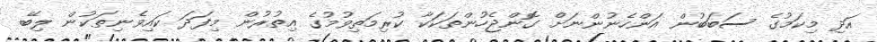
އަދި މިކަމުގެ ސަބަބުން އަންހެނުންނަށް ގޮންޖެހުންތަކަކާ ކުރިމަތިވުމުގެ އިތުރުން މިފަދަ ކައިވެނިތަކުން ލިބޭ